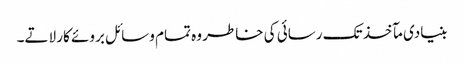
بنیادی مآخذ تک رسائی کی خاطر وہ تمام وسائل بروئے کار لاتے۔